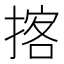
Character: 揢